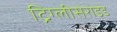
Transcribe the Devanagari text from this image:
ट्रिग्लीसेराइड